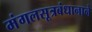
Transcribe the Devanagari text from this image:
मंगलसूत्रबंधानाने